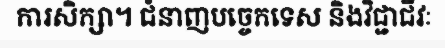
ការសិក្សា។ ជំនាញបច្ចេកទេស និងវិជ្ជាជីវៈ